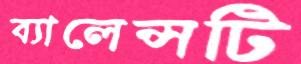
ব্যালেন্সটি